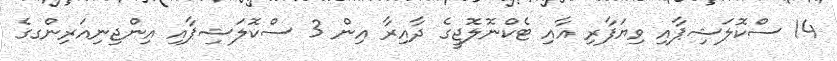
14 ސްކޮލަޝިޕާއި ވިޔަފާރި އާއި ޓެކްނޮލޮޖީގެ ދާއިރާ އިން 3 ސްކޮލަޝިޕާއި އިންޖިނިއަރިންގގެ